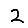
Digit: 2